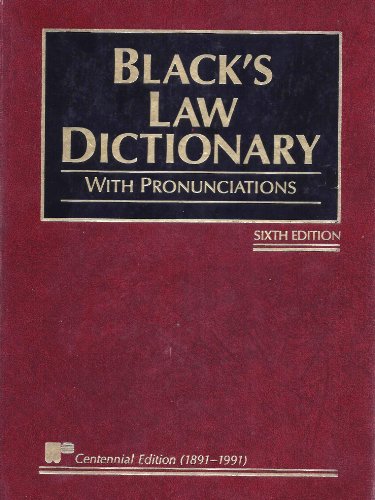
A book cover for Black's Law Dictionary - Sixth Edition; H.C. Black; Law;